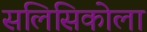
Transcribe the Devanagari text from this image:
सलिसिकोला